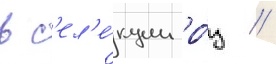
в с'ел'е́кции ро́з //